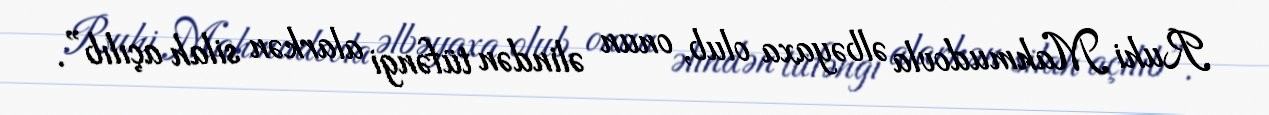
Ruhi Mahmudovla əlbəyaxa olub, onun əlindən tüfəngi alarkən silah açılıb”.